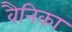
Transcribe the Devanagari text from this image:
वैनिका